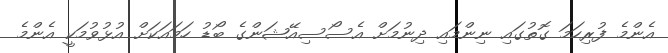
އެންމެ ފުރިހަމަ ގޮތުގައި ނިންމައި ދިނުމަށް އެސޯސިއޭޝަންގެ ބޯޑު ހަމައަކަށް އުޅުވުމަކީ އެންމެ